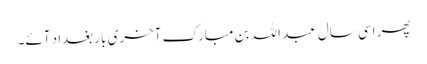
پھر اسی سال عبد اللہ بن مبارک آخری بار بغداد آئے۔